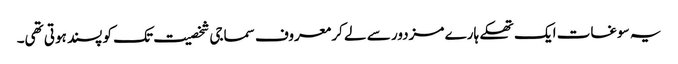
یہ سوغات ایک تھکے ہارے مزدور سے لے کر معروف سماجی شخصیت تک کو پسند ہوتی تھی۔